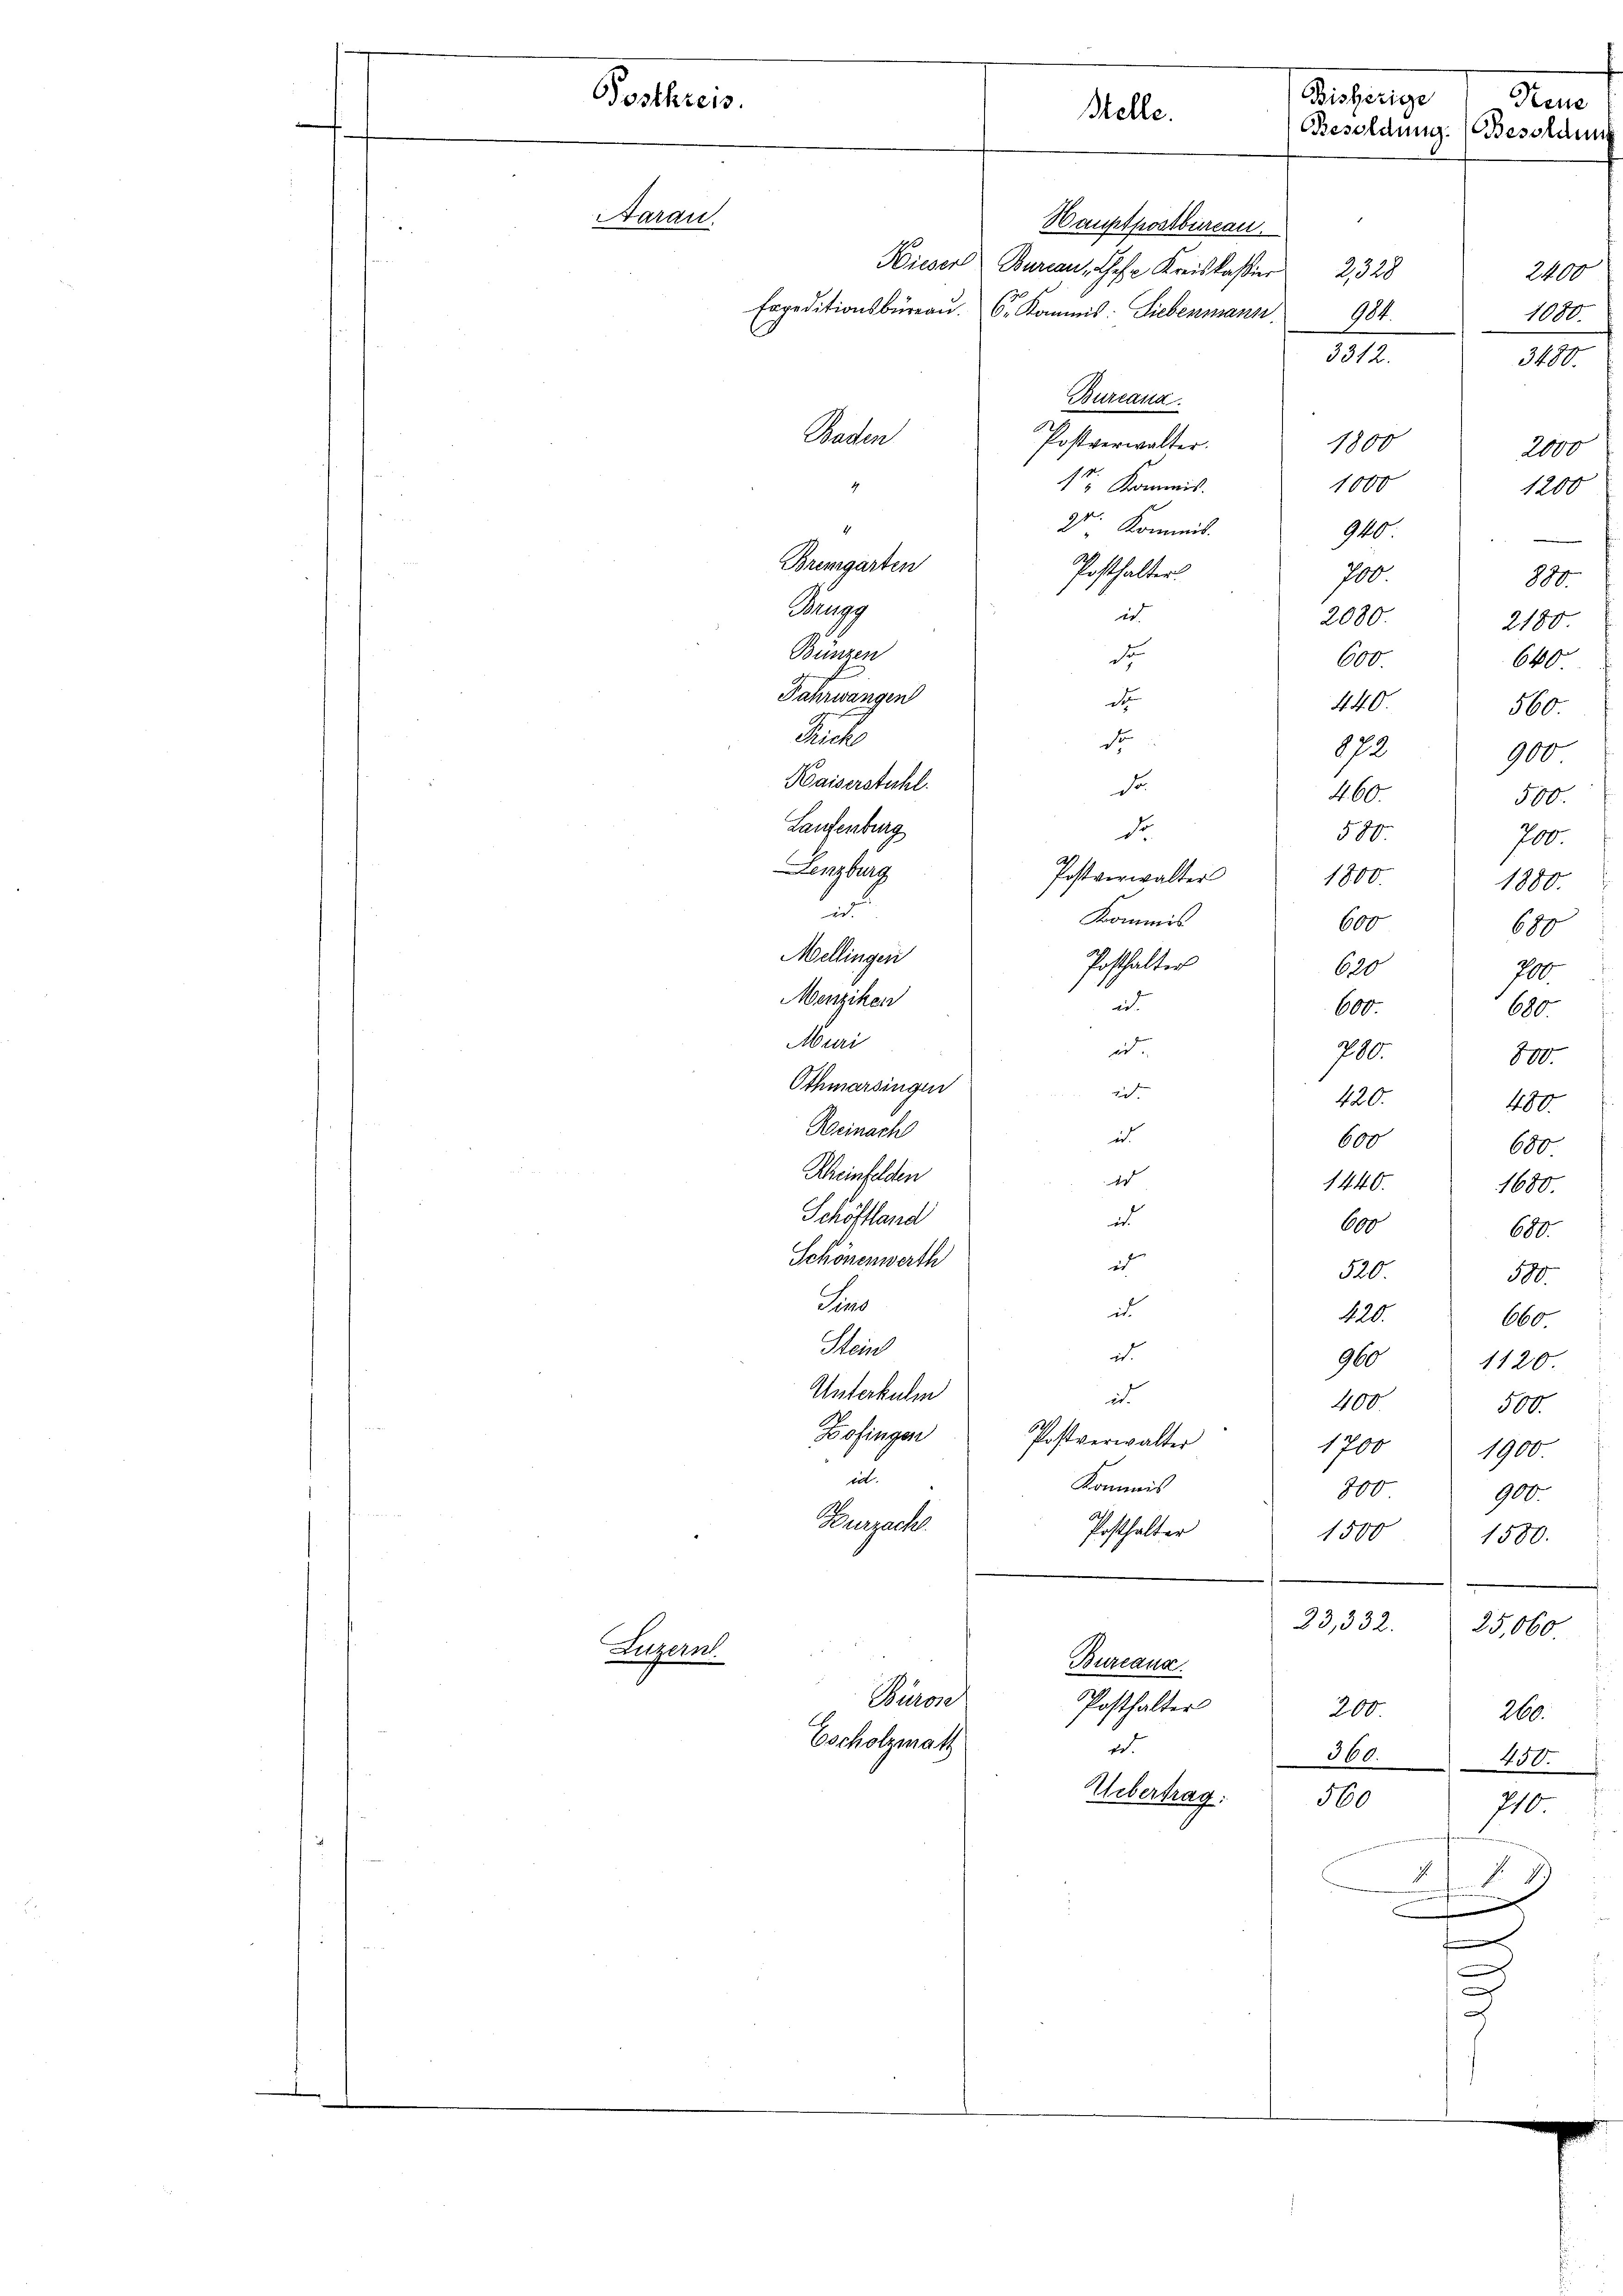
Bisherige
Postkreis.
den
Melle.
Besoldung.
Aarau
Hauptpostbureau.
Wieser Bureau, Chef Kreiskassier 2328
Expeditionsbüreau. 6. Kommis: Liebenmann
904.
3312.
Burcana
Baden
Postverwalter.
1800
1000
1t. Kommis.
4
2t. Kommit.
4
960
Bremgarten
Posthalter
700
Purgs
in
2080
Bünzen
de
600
Jahrwangen
d
440.
r
Kol
022
Kaiserstuhl.
de
460.
Laufenburg
de
58
Lenzburg
Postverwalter 180.
e
Kommis
600
Mellingen
Posthalter
620
Menziken
it
600.
Muri
i
790.
Othmarsingen
2.
420.
Beinach
i

Luzern
Bürose
Escholzmath

600
Rheinfelden
e
1440.
Schöffland
ud
A
Schönenwerth
in
520
n
in
42.
Maie
i
960
Unterkulm
it.
400
Zofingen
Postverwalter
17
it.
Kommis
800
Burzach
Posthalter
150.

d

23,332.
Bureaus.
Posthalter
200
de.
360
Uebertrag.
50
n

f